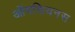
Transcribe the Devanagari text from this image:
ऑपसियनस